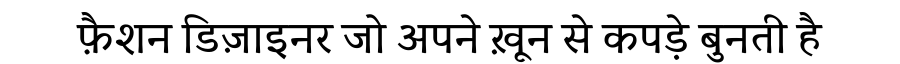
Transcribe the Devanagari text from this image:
फ़ैशन डिज़ाइनर जो अपने ख़ून से कपड़े बुनती है